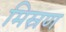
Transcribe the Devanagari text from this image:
मिस्रण